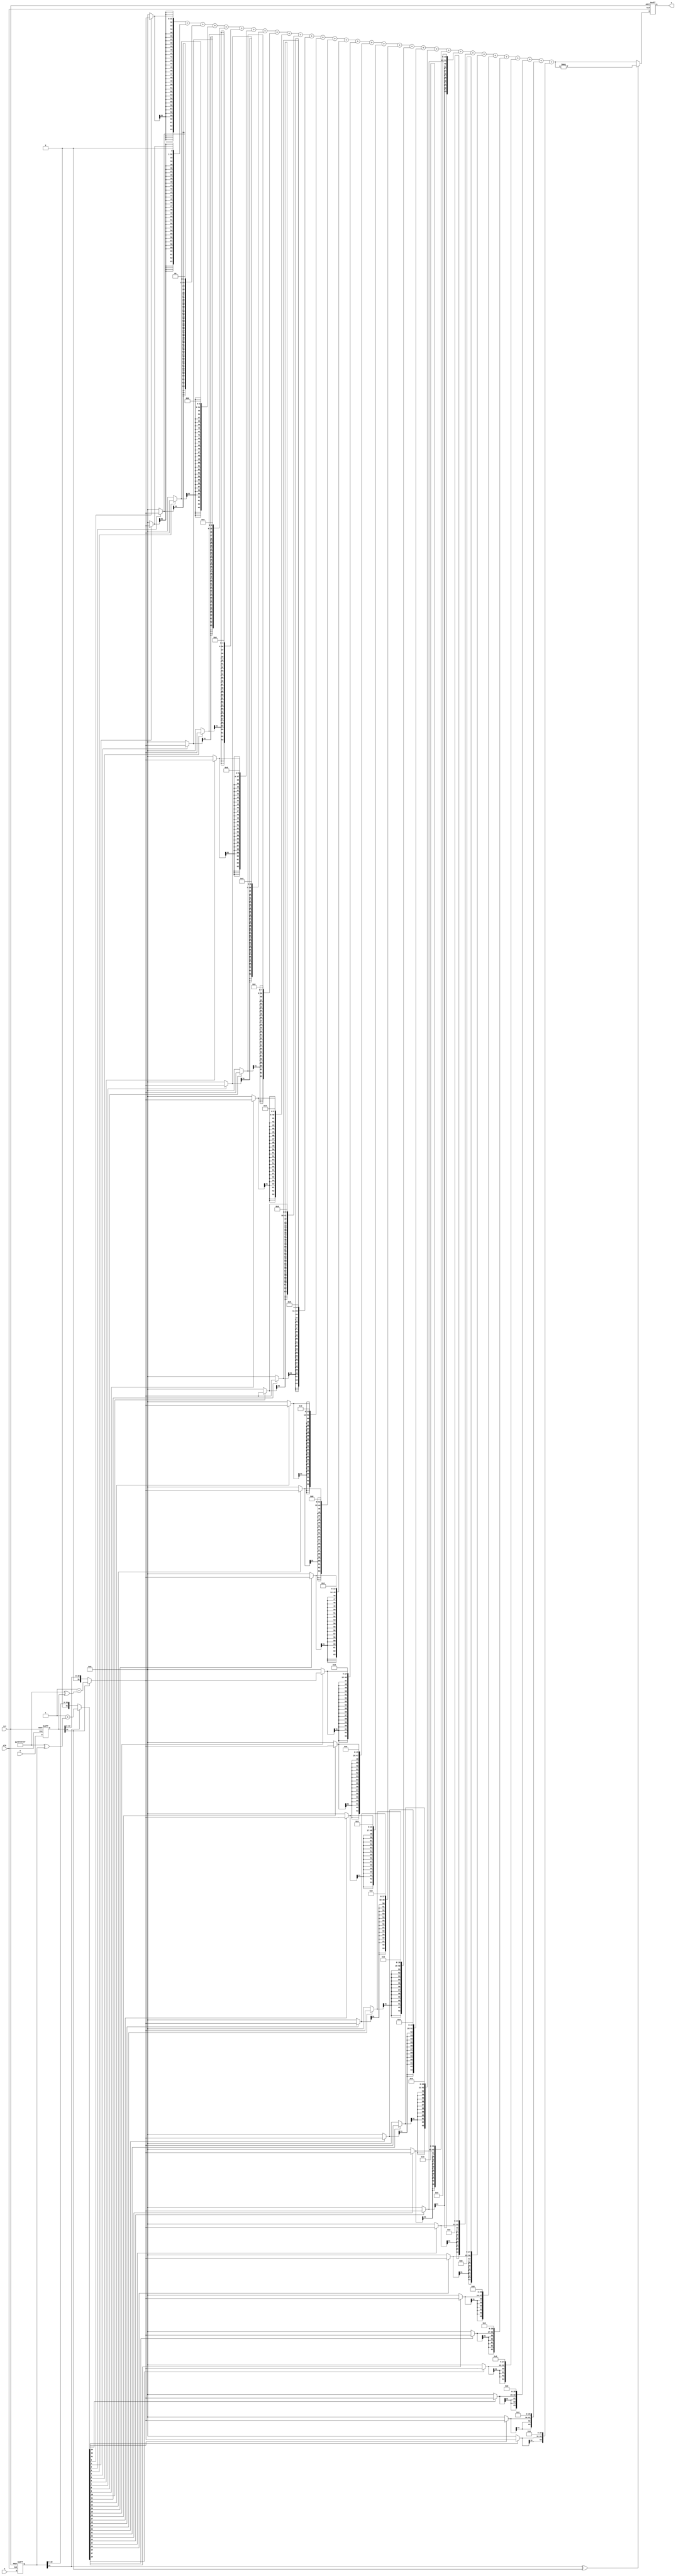
module SequentialMultiplier (
    input clk,
    input rst,
    input signed [31:0] X,
    input signed [31:0] Y,
    output reg signed [63:0] Z
);

reg signed [31:0] activeX;
reg signed [31:0] activeY;
wire signed [31:0] effectiveX;
wire signed [31:0] effectiveY;
wire signX;
wire signY;
wire signed [63:0] intermediateZ;
reg [31:0] ones;

initial begin
    ones = (1<<33)-1;
end

assign signX = activeX[31];
assign signY = activeY[31];
assign effectiveX = (signX ? 1+(ones^activeX) : activeX);
assign effectiveY = (signY ? 1+(ones^activeY) : activeY);

wire [63:0] product;
wire [63:0] partial_products[31:0];

genvar i;
generate
    for (i = 0; i < 32; i = i + 1) begin : pp_gen
        assign partial_products[i] = (effectiveX[i] ? effectiveY : 0) << i;
    end
endgenerate

always @(posedge(clk) or posedge(rst)) begin
    if (rst) begin
        activeX = 0;
        activeY = 0;
        Z = 0;
    end
    else begin
        activeX = X;
        activeY = Y;
        Z = intermediateZ;
    end
end

assign product = partial_products[0] + partial_products[1] + partial_products[2] + partial_products[3] + partial_products[4] +
                 partial_products[5] + partial_products[6] + partial_products[7] + partial_products[8] + partial_products[9] +
                 partial_products[10] + partial_products[11] + partial_products[12] + partial_products[13] + partial_products[14] +
                 partial_products[15] + partial_products[16] + partial_products[17] + partial_products[18] + partial_products[19] +
                 partial_products[20] + partial_products[21] + partial_products[22] + partial_products[23] + partial_products[24] +
                 partial_products[25] + partial_products[26] + partial_products[27] + partial_products[28] + partial_products[29] +
                 partial_products[30] + partial_products[31];

assign intermediateZ = (signX^signY ? -product : product);

endmodule